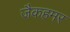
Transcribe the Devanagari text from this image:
जैकहमर